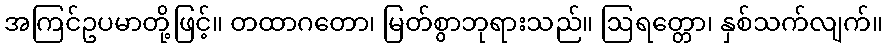
အကြင်ဥပမာတို့ဖြင့်။ တထာဂတော၊ မြတ်စွာဘုရားသည်။ ဩရတ္တော၊ နှစ်သက်လျက်။